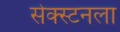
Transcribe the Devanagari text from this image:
सेक्स्टनला